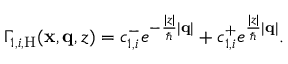
\begin{array} { r } { \Gamma _ { 1 , i , \mathrm { H } } ( \mathbf { x } , \mathbf { q } , z ) = c _ { 1 , i } ^ { - } e ^ { - \frac { | z | } { \hbar } | \mathbf { q } | } + c _ { 1 , i } ^ { + } e ^ { \frac { | z | } { \hbar } | \mathbf { q } | } . } \end{array}